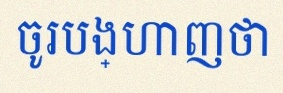
ចូរបង្ហាញថា